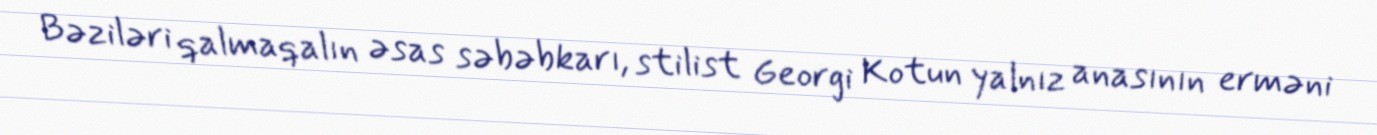
Bəziləri qalmaqalın əsas səbəbkarı, stilist Georgi Kotun yalnız anasının erməni